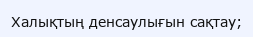
Халықтың денсаулығын сақтау;